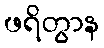
ဖရိတွာန